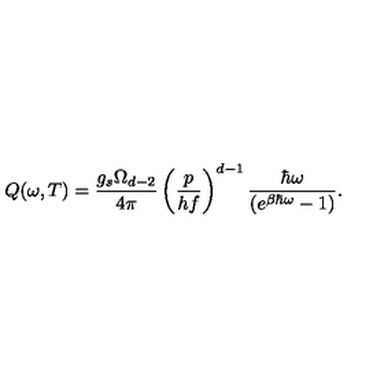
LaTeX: Q ( \omega , T ) = \frac { g _ { s } \Omega _ { d - 2 } } { 4 \pi } \left( \frac { p } { h f } \right) ^ { d - 1 } \frac { \hbar \omega } { ( e ^ { \beta \hbar \omega } - 1 ) } .